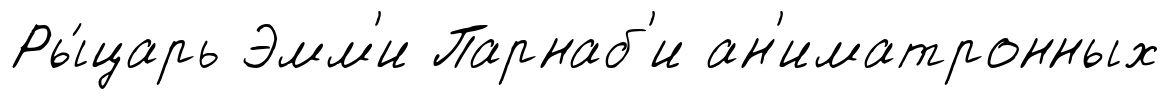
Ры́царь Эмм'и Парнаб'и ан'иматронных